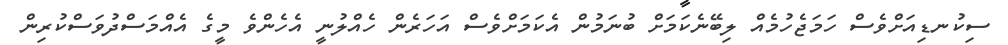
ސިކުނޑިއަށްވެސް ހަމަޖެހުމެއް ލިބޭނެކަމަށް ބުނަމުން އެކަމަށްވެސް އަހަރެން ހެއްލުނީ އެހެންވެ މީގެ އެއްމަސްދުވަސްކުރިން